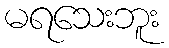
မရသေးဘူး